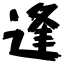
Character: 逢